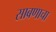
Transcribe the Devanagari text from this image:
साबणाचा